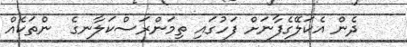
ދެން އެކަލޭގެފާނަށް ފަހުގައި ތިމަންރަސްކަލާނގެ  ންތަކެއް